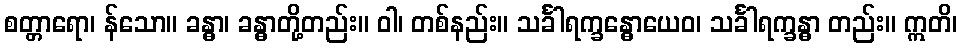
စတ္တာရော၊ န်သော။ ခန္ဓာ၊ ခန္ဓာတို့တည်း။ ဝါ၊ တစ်နည်း။ သင်္ခါရက္ခန္ဓောယေဝ၊ သင်္ခါရက္ခန္ဓာ တည်း။ ဣတိ၊